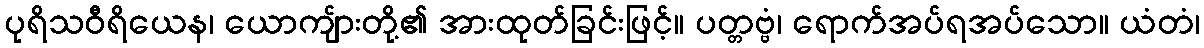
ပုရိသဝီရိယေန၊ ယောကျ်ားတို့၏ အားထုတ်ခြင်းဖြင့်။ ပတ္တဗ္ဗံ၊ ရောက်အပ်ရအပ်သော။ ယံတံ၊